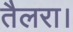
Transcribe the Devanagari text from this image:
तैलरा।